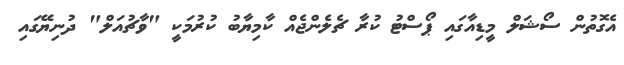
އެގޮތުން ސޯޝަލް މީޑިއާގައި ޕޯސްޓު ކުރާ ޗެލެންޖެއް ކާމިޔާބު ކުރުމަކީ "ވާޗުއަލް" ދުނިޔޭގައި